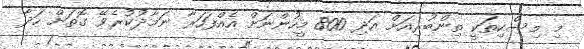
މި މިސްކިތަކީ ތިންބުރިއަށް އަދި 800 މީހުންނަށް އެއްފަހަރާ ނަމާދުކުރެވޭ ގޮތަށް ހަދާ